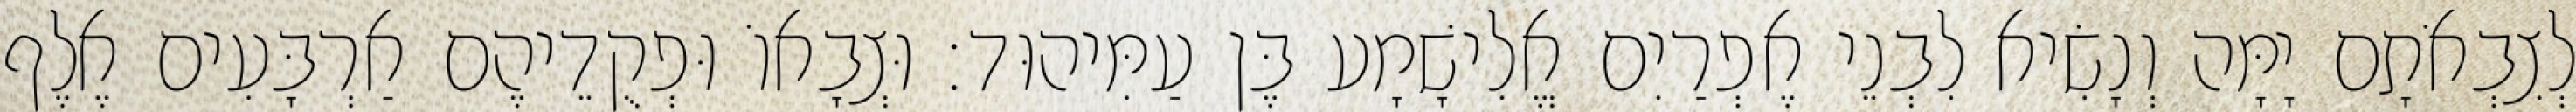
לְצִבְאֹתָם יָמָּה וְנָשִׂיא לִבְנֵי אֶפְרַיִם אֱלִישָׁמָע בֶּן עַמִּיהוּד׃ וּצְבָאוֹ וּפְקֻדֵיהֶם אַרְבָּעִים אֶלֶף